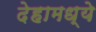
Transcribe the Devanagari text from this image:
देहामध्ये